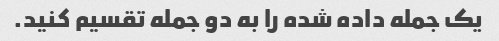
یک جمله داده شده را به دو جمله تقسیم کنید.